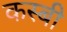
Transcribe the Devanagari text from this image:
कस्बी